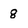
Character: 8